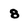
Character: 8